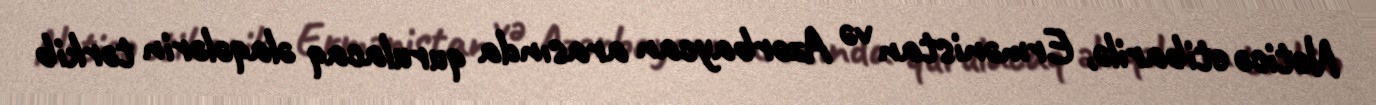
Nəticə etibarilə, Ermənistan və Azərbaycan arasında qurulacaq əlaqələrin tərkib